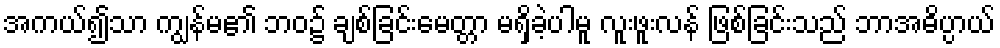
အကယ်၍သာ ကျွန်မ၏ ဘဝ၌ ချစ်ခြင်းမေတ္တာ မရှိခဲ့ပါမူ လူးဖူးလန် ဖြစ်ခြင်းသည် ဘာအဓိပ္ပာယ်